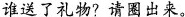
谁送了礼物？请圈出来。